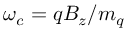
\omega _ { c } = q B _ { z } / m _ { q }